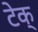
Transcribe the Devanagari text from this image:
टेक्